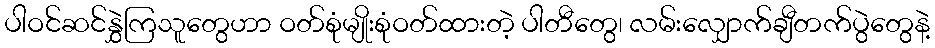
ပါဝင်ဆင်နွှဲကြသူတွေဟာ ဝတ်စုံမျိုးစုံဝတ်ထားတဲ့ ပါတီတွေ၊ လမ်းလျှောက်ချီတက်ပွဲတွေနဲ့